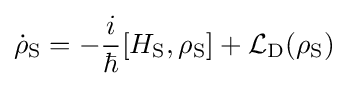
{\dot {\rho }}_{\rm {S}}=-{i \over \hbar }[H_{\rm {S}},\rho _{\rm {S}}]+{\cal {L}}_{\rm {D}}(\rho _{\rm {S}})